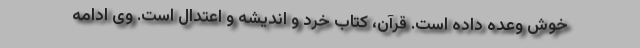
خوش وعده داده است. قرآن، کتاب خرد و اندیشه و اعتدال است. وی ادامه